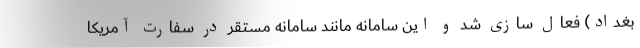
بغداد) فعال سازی شد و این سامانه مانند سامانه مستقر در سفارت آمریکا